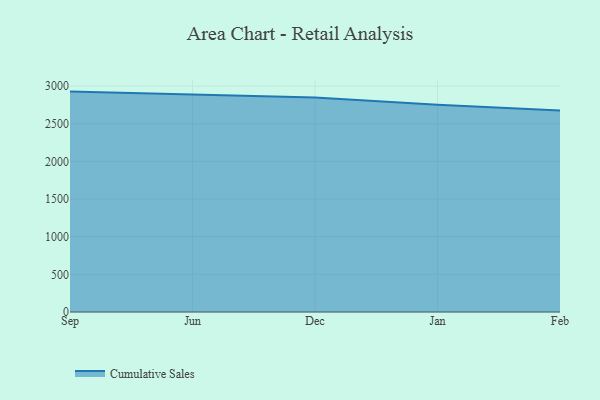
{"axis": {"x": "Month", "y": "Page Views"}, "legend": ["Cumulative Sales"], "data": [{"x": "Sep", "y": 2927.1, "type": "Cumulative Sales"}, {"x": "Jun", "y": 2889.8, "type": "Cumulative Sales"}, {"x": "Dec", "y": 2847.9, "type": "Cumulative Sales"}, {"x": "Jan", "y": 2751.9, "type": "Cumulative Sales"}, {"x": "Feb", "y": 2676.5, "type": "Cumulative Sales"}]}